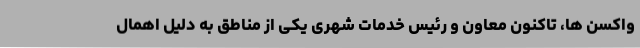
واکسن ها، تاکنون معاون و رئیس خدمات شهری یکی از مناطق به دلیل اهمال